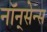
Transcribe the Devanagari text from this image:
नॉन्‌सेन्स